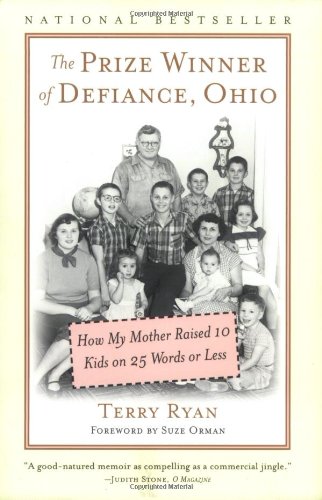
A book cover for The Prize Winner of Defiance, Ohio: How My Mother Raised 10 Kids on 25 Words or Less; Terry Ryan; Biographies & Memoirs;